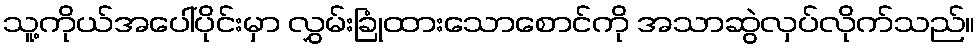
သူ့ကိုယ်အပေါ်ပိုင်းမှာ လွှမ်းခြုံထားသောစောင်ကို အသာဆွဲလှပ်လိုက်သည်။